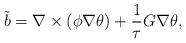
LaTeX: \begin{align*}\tilde{b}=\nabla \times (\phi \nabla \theta)+\frac{1}{\tau}G\nabla \theta, \end{align*}